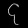
Digit: ၄